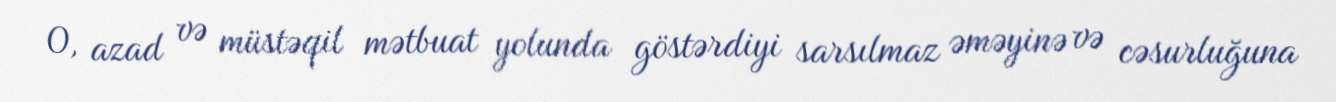
O, azad və müstəqil mətbuat yolunda göstərdiyi sarsılmaz əməyinə və cəsurluğuna